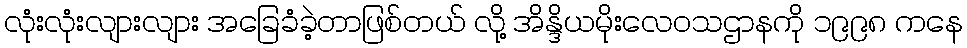
လုံးလုံးလျားလျား အခြေခံခဲ့တာဖြစ်တယ် လို့ အိန္ဒိယမိုးလေဝသဌာနကို ၁၉၉၈ ကနေ